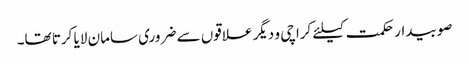
صوبیدار حکمت کیلئے کراچی و دیگر علاقوں سے ضروری سامان لایا کرتا تھا۔